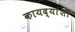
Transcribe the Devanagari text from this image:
कायद्यांशी